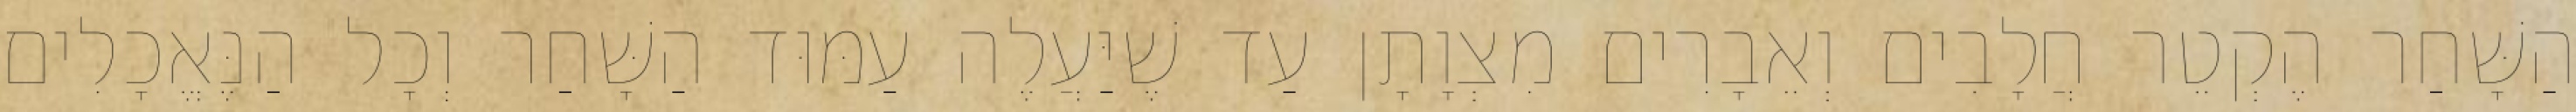
הַשָּׁחַר הֶקְטֵר חֲלָבִים וְאֵבָרִים מִצְוָתָן עַד שֶׁיַּעֲלֶה עַמּוּד הַשָּׁחַר וְכָל הַנֶּאֱכָלִים